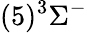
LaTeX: (5)^{3}\Sigma^{-}